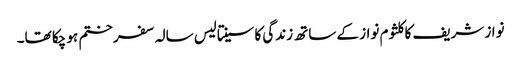
نواز شریف کا کلثوم نواز کے ساتھ زندگی کا سینتالیس سالہ سفر ختم ہو چکا تھا۔